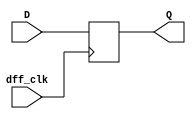
`timescale 1ns / 1ps
//////////////////////////////////////////////////////////////////////////////////
// Company: 
// Engineer: 
// 
// Design Name: 
// Module Name: task1
// Project Name: 
// Target Devices: 
// Tool Versions: 
// Description: 
// 
// Dependencies: 
// 
// Revision:
// Revision 0.01 - File Created
// Additional Comments:
// 
//////////////////////////////////////////////////////////////////////////////////


module dff (input dff_clk, D, output reg Q);

    always @(posedge dff_clk)
    begin
        Q<=D;
    end  
endmodule